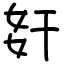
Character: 姧